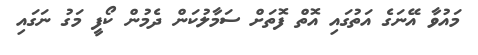
މައުވާ އޭނަގެ އަތުގައި އޮތް ފޮތަށް ސަމާލުކަން ދެމުން ކޯފީ މަގު ނަގައި